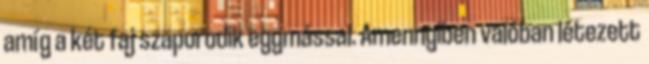
amíg a két faj szaporodik egymással. Amennyiben valóban létezett